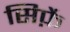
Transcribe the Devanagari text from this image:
सिर्फ़े